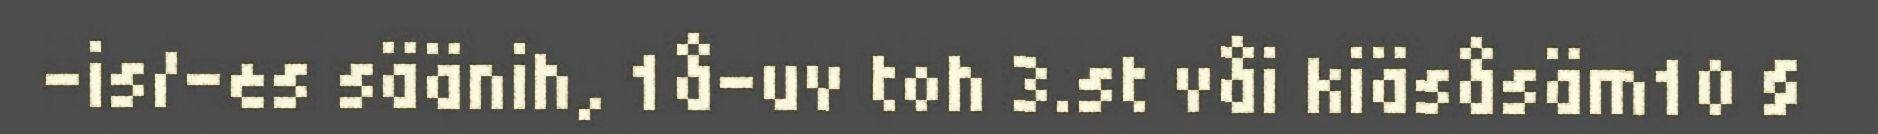
–is/-es säänih, 1å-uv toh 3.st våi kiäsåsäm10 §